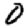
Digit: 0